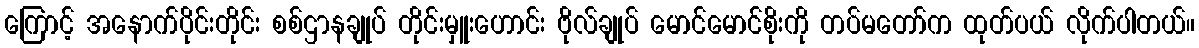
ကြောင့် အနောက်ပိုင်းတိုင်း စစ်ဌာနချုပ် တိုင်းမှူးဟောင်း ဗိုလ်ချုပ် မောင်မောင်စိုးကို တပ်မတော်က ထုတ်ပယ် လိုက်ပါတယ်။